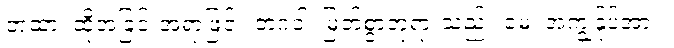
တထာ၊ ထိုအခြင်းအရာဖြင့်။ ဘဂဝါ၊ မြတ်စွာဘုရားသည်။ မေ၊ အကျွန်ုပ်အား။